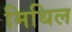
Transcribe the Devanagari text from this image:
मिथिल